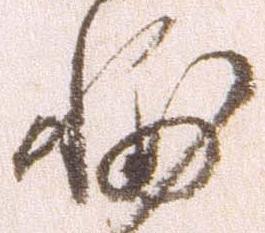
輔